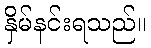
နှိမ်နင်းရသည်။